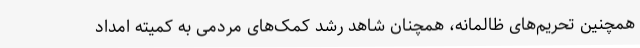
همچنین تحریم‌های ظالمانه، همچنان شاهد رشد کمک‌های مردمی به کمیته امداد